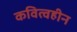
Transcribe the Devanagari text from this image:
कवित्वहीन